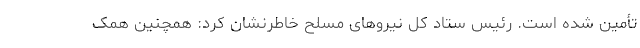
تأمین شده است. رئیس ستاد کل نیروهای مسلح خاطرنشان کرد: همچنین همک